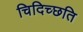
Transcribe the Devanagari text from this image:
चिदिच्छति